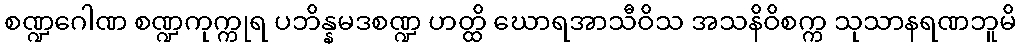
စဏ္ဍဂေါဏ စဏ္ဍကုက္ကုရ ပဘိန္နမဒစဏ္ဍ ဟတ္ထိ ဃောရအာသီဝိသ အသနိဝိစက္က သုသာနရဏဘူမိ